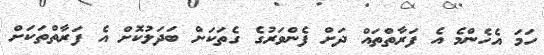
ހަމަ އެހެންމެ އެ ފަރާތްތައް ދަށް ފެންވަރުގެ ގެތަކަށް ބަދަލުކޮށް އެ ފަރާތްތަކަށް